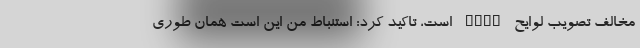
مخالف تصویب لوایح FATF است، تاکید کرد: استنباط من این است همان طوری